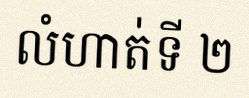
លំហាត់ទី ២